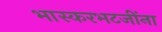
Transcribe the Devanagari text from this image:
भास्करभटजींना